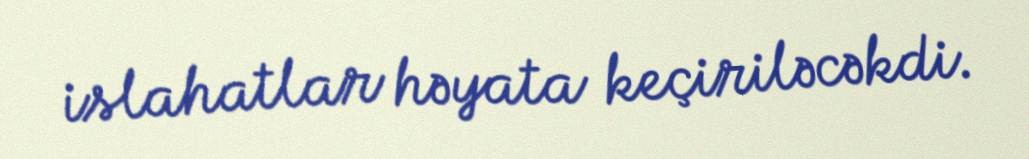
islahatlar həyata keçiriləcəkdi.